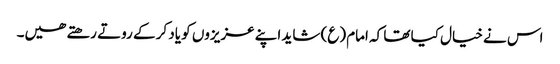
اس نے خیال کیا تھا کہ امام (ع) شاید اپنے عزیزوں کو یاد کر کے روتے رھتے ھیں۔